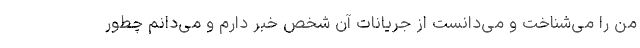
من را می‌شناخت و می‌دانست از جریانات آن شخص خبر دارم و می‌دانم چطور